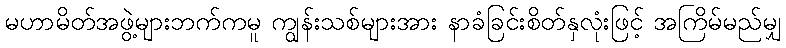
မဟာမိတ်အဖွဲ့များဘက်ကမူ ကျွန်းသစ်များအား နာခံခြင်းစိတ်နှလုံးဖြင့် အကြိမ်မည်မျှ